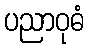
ပညာဝုဓံ